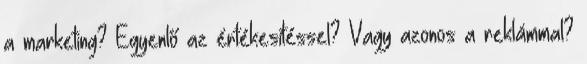
a marketing? Egyenlő az értékesítéssel? Vagy azonos a reklámmal?